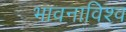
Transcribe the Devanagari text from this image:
भावनाविश्व